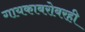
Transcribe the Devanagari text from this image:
गायकाबरोबरही